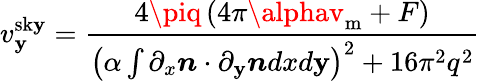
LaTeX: v_{\mathbf{y}}^{\mathrm{{sk\mathbf{y}}}}=\frac{{4\piq\left(4\pi\alphav_{\mathrm{{m}}}+F\right)}}{{\left(\alpha\int{\partial_{x}\boldsymbol{n}\cdot\partial_{\mathbf{y}}\boldsymbol{n}dxd\mathbf{y}}\right)^{2}+16\pi^{2}q^{2}}}